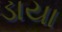
ડાયા